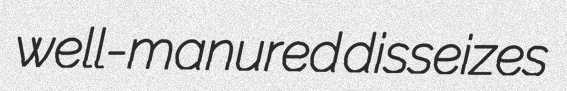
well-manured disseizes